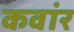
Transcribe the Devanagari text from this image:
कवांर